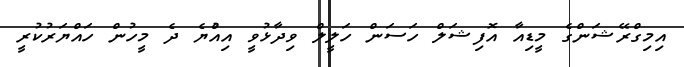
އިމިގްރޭޝަންގެ މީޑިއާ އޮފިޝަލް ހަސަން ހަލީލް ވިދާޅުވީ އިއްުޔެ ދެ މީހުން ހައްޔަރުކުރީ